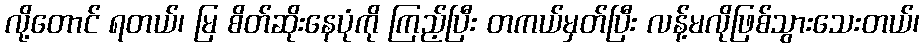
လို့တောင် ရတယ်၊ မြ စိတ်ဆိုးနေပုံကို ကြည့်ပြီး တကယ်မှတ်ပြီး လန့်မလိုဖြစ်သွားသေးတယ်၊